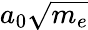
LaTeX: a_{0}\sqrt{m_{e}}